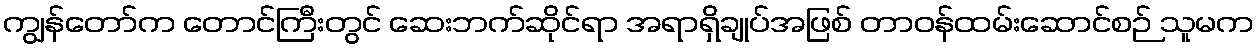
ကျွန်တော်က တောင်ကြီးတွင် ဆေးဘက်ဆိုင်ရာ အရာရှိချုပ်အဖြစ် တာဝန်ထမ်းဆောင်စဉ် သူမက